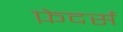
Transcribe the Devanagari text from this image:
फ़ेदर्स